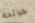
كرائحة